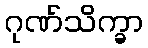
ဂုဏ်သိက္ခာ